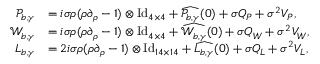
\begin{array} { r l } { \mathcal { P } _ { b , \gamma } } & { = i \sigma \rho ( \rho \partial _ { \rho } - 1 ) \otimes \mathrm { I d } _ { 4 \times 4 } + \widehat { \mathcal { P } _ { b , \gamma } } ( 0 ) + \sigma Q _ { P } + \sigma ^ { 2 } V _ { P } , } \\ { \mathcal { W } _ { b , \gamma } } & { = i \sigma \rho ( \rho \partial _ { \rho } - 1 ) \otimes \mathrm { I d } _ { 4 \times 4 } + \widehat { \mathcal { W } _ { b , \gamma } } ( 0 ) + \sigma Q _ { W } + \sigma ^ { 2 } V _ { W } , } \\ { L _ { b , \gamma } } & { = 2 i \sigma \rho ( \rho \partial _ { \rho } - 1 ) \otimes \mathrm { I d } _ { 1 4 \times 1 4 } + \widehat { L _ { b , \gamma } } ( 0 ) + \sigma Q _ { L } + \sigma ^ { 2 } V _ { L } , } \end{array}